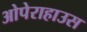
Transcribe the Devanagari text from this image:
ओपेराहाउस